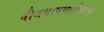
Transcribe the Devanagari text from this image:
बीजभाषणाशिवाय